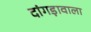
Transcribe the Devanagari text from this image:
दांगड़ावाला